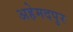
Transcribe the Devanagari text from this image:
अहेमदपुर